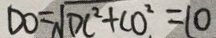
D O = \sqrt { D C ^ { 2 } + C O ^ { 2 } } = 1 0